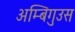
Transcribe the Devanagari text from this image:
अम्बिगुउस